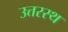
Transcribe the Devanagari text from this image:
उत्तरस्थ